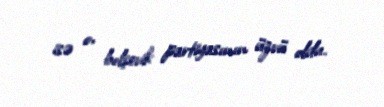
isə o, bolşevik partiyasının üzvü oldu.